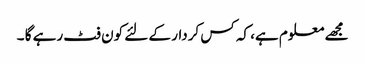
مجھے معلوم ہے، کہ کس کردار کے لئے کون فٹ رہے گا ۔